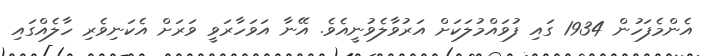
އެންމެފަހުން 1934 ގައި ފުވައްމުލަކަށް އަރުވާލެވުނީއެވެ. އޭނާ އަވަހާރަވީ ވަރަށް އެކަނިވެރި ހާލެއްގައި